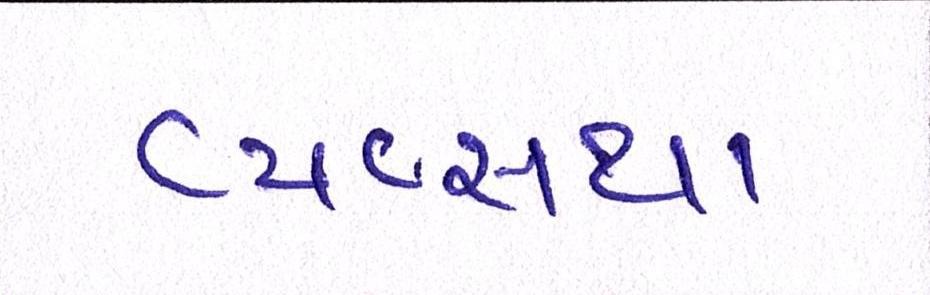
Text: વ્યવ્સથા